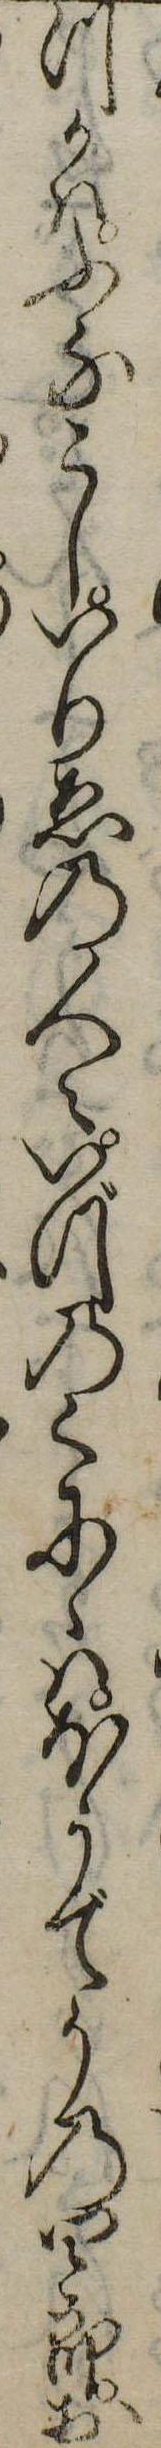
つかはふなこしいりゑの人々いづのくにゝはほうでうの四郎お